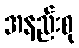
အနည်းစု